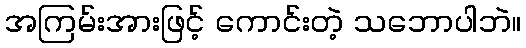
အကြမ်းအားဖြင့် ကောင်းတဲ့ သဘောပါဘဲ။